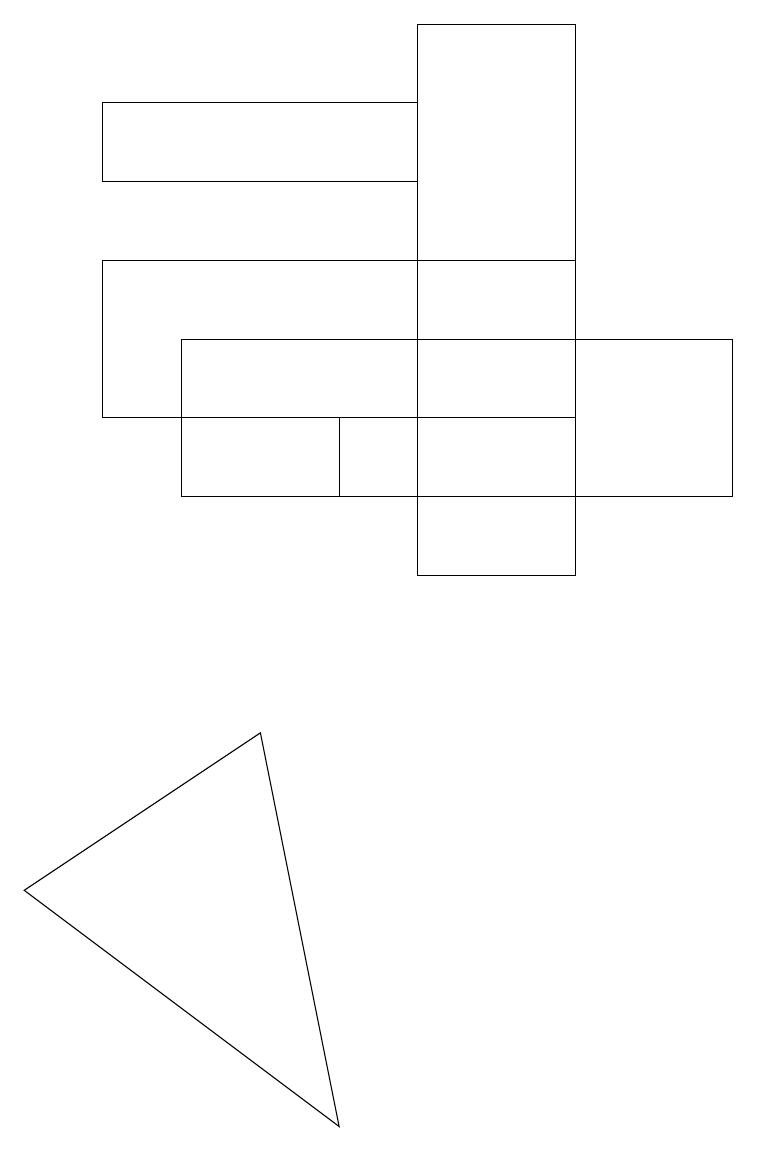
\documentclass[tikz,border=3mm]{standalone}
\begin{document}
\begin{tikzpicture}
\draw (5,17) rectangle (7,10);
\draw (3,8) -- (4,3) -- (0,6) -- cycle;
\draw (7,12) rectangle (1,14);
\draw (5,11) rectangle (4,12);
\draw (5,15) rectangle (1,16);
\draw (9,11) rectangle (2,13);
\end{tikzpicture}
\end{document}